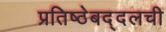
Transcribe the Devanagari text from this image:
प्रतिष्ठेबद्दलची